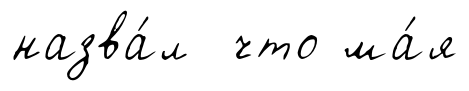
назва́л что ма́я